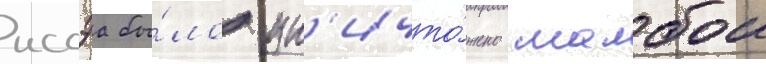
иссэа бы́ло ун'ичто́жено шалбои